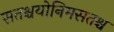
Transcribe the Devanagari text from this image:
सतश्चयोनिमसतश्च